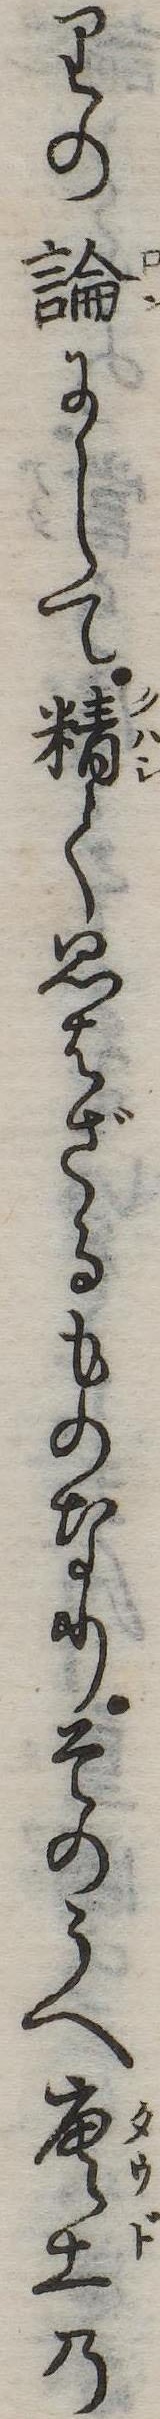
りの論にして精く思はざるものなりそのうへ唐土の